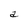
Character: a